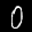
Label: 0